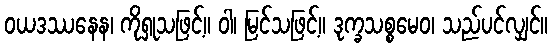
ဝယဒဿနေန၊ ကိုရှုသဖြင့်။ ဝါ၊ မြင်သဖြင့်။ ဒုက္ခသစ္စမေဝ၊ သည်ပင်လျှင်။